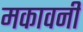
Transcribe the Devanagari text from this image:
मकावनी